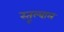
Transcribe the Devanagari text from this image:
स्तूल्बाल